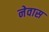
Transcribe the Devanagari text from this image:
नेवास